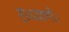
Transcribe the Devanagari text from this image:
हाथ्याणी।